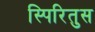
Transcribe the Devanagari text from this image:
स्पिरितुस